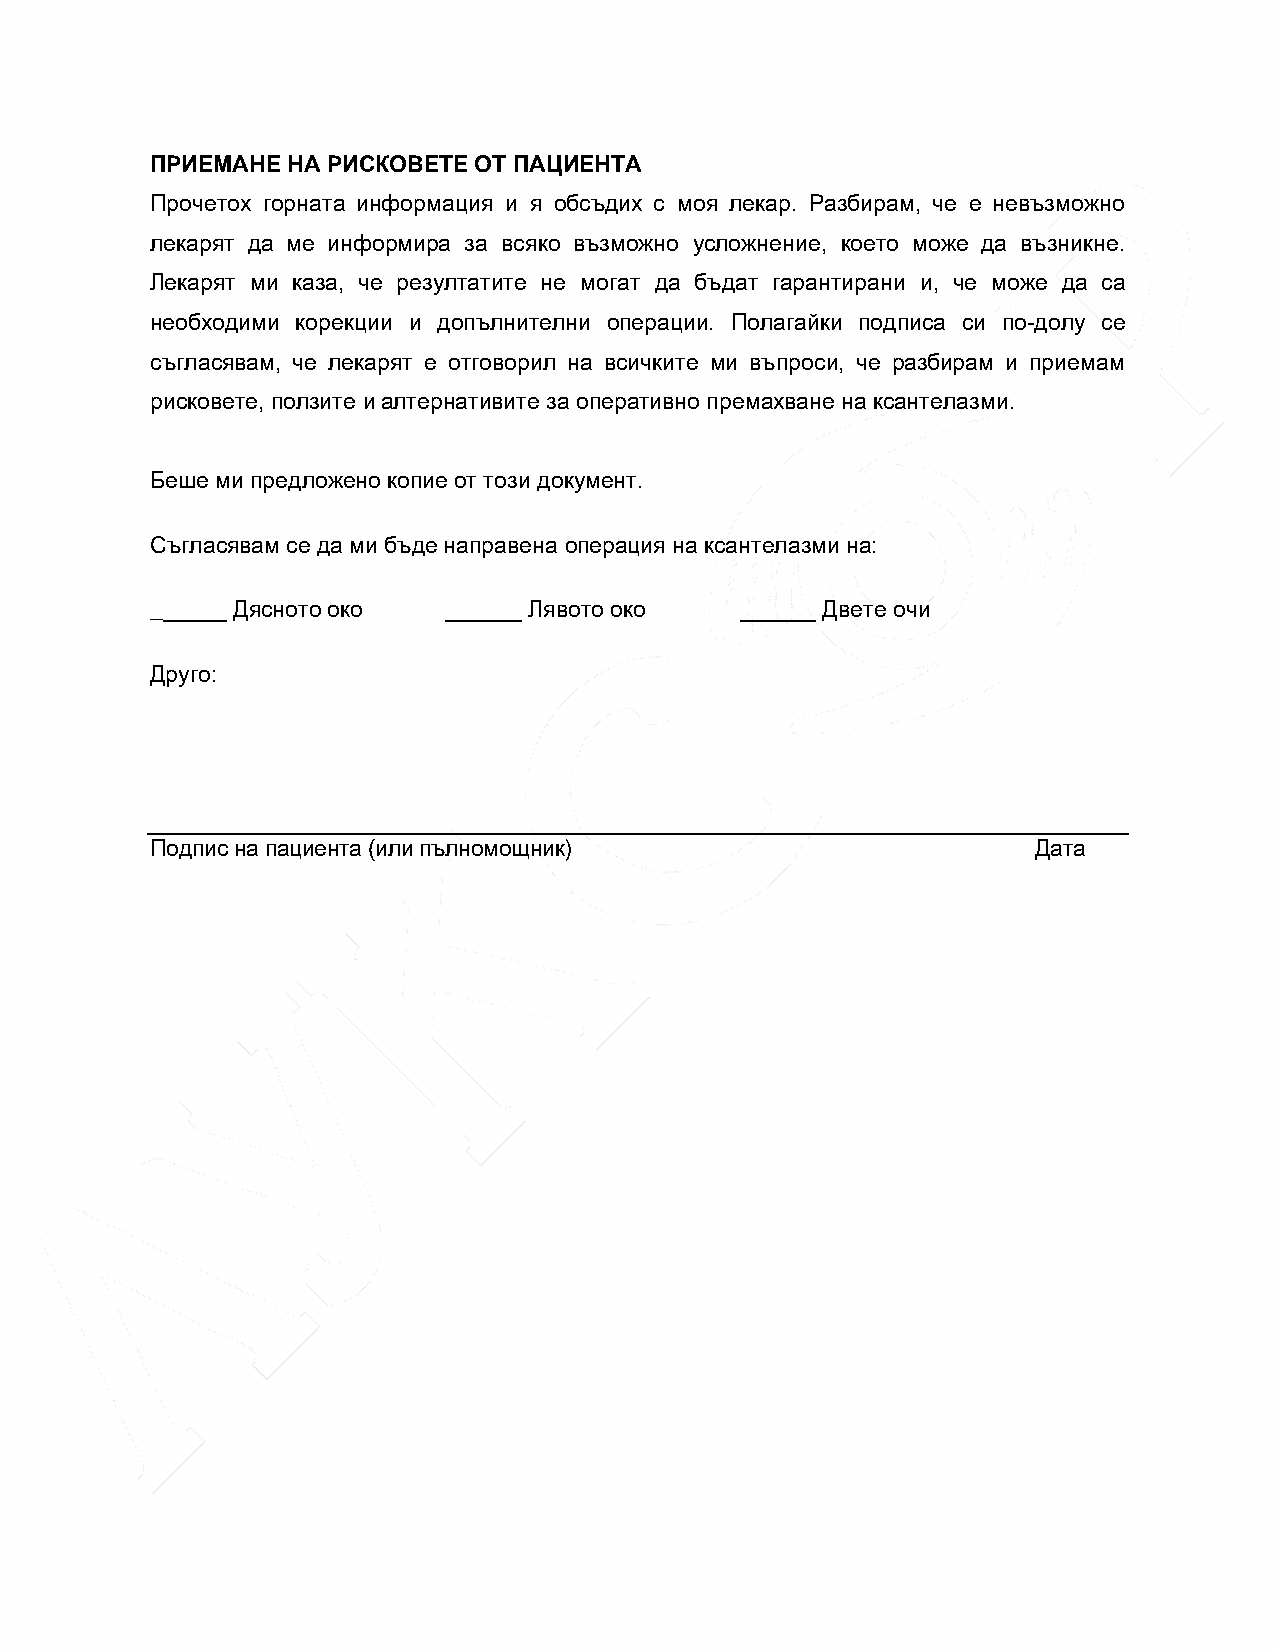
ПРИЕМАНЕ НА РИСКОВЕТЕ ОТ ПАЦИЕНТА
 Прочетох горната информация и я обсъдих с моя лекар. Разбирам, че е невъзможно
 лекарят да ме информира за всяко възможно усложнение, което може да възникне.
 Лекарят ми каза, че резултатите не могат да бъдат гарантирани и, че може да са
 необходими корекции и допълнителни операции. Полагайки подписа си по-долу се
 съгласявам, че лекарят е отговорил на всичките ми въпроси, че разбирам и приемам
 рисковете, ползите и алтернативите за оперативно премахване на ксантелазми.
 Беше ми предложено копие от този документ.
 Съгласявам се да ми бъде направена операция на ксантелазми на:
 ______ Дясното око ______ Лявото око   ______ Двете очи
 Друго:
 Подпис на пациента (или пълномощник)                       Дата